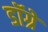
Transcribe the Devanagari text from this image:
डॉग्रे